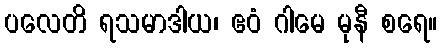
ပလေတိ ရသမာဒါယ၊ ဧဝံ ဂါမေ မုနီ စရေ။